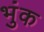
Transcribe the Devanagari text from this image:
भुंक